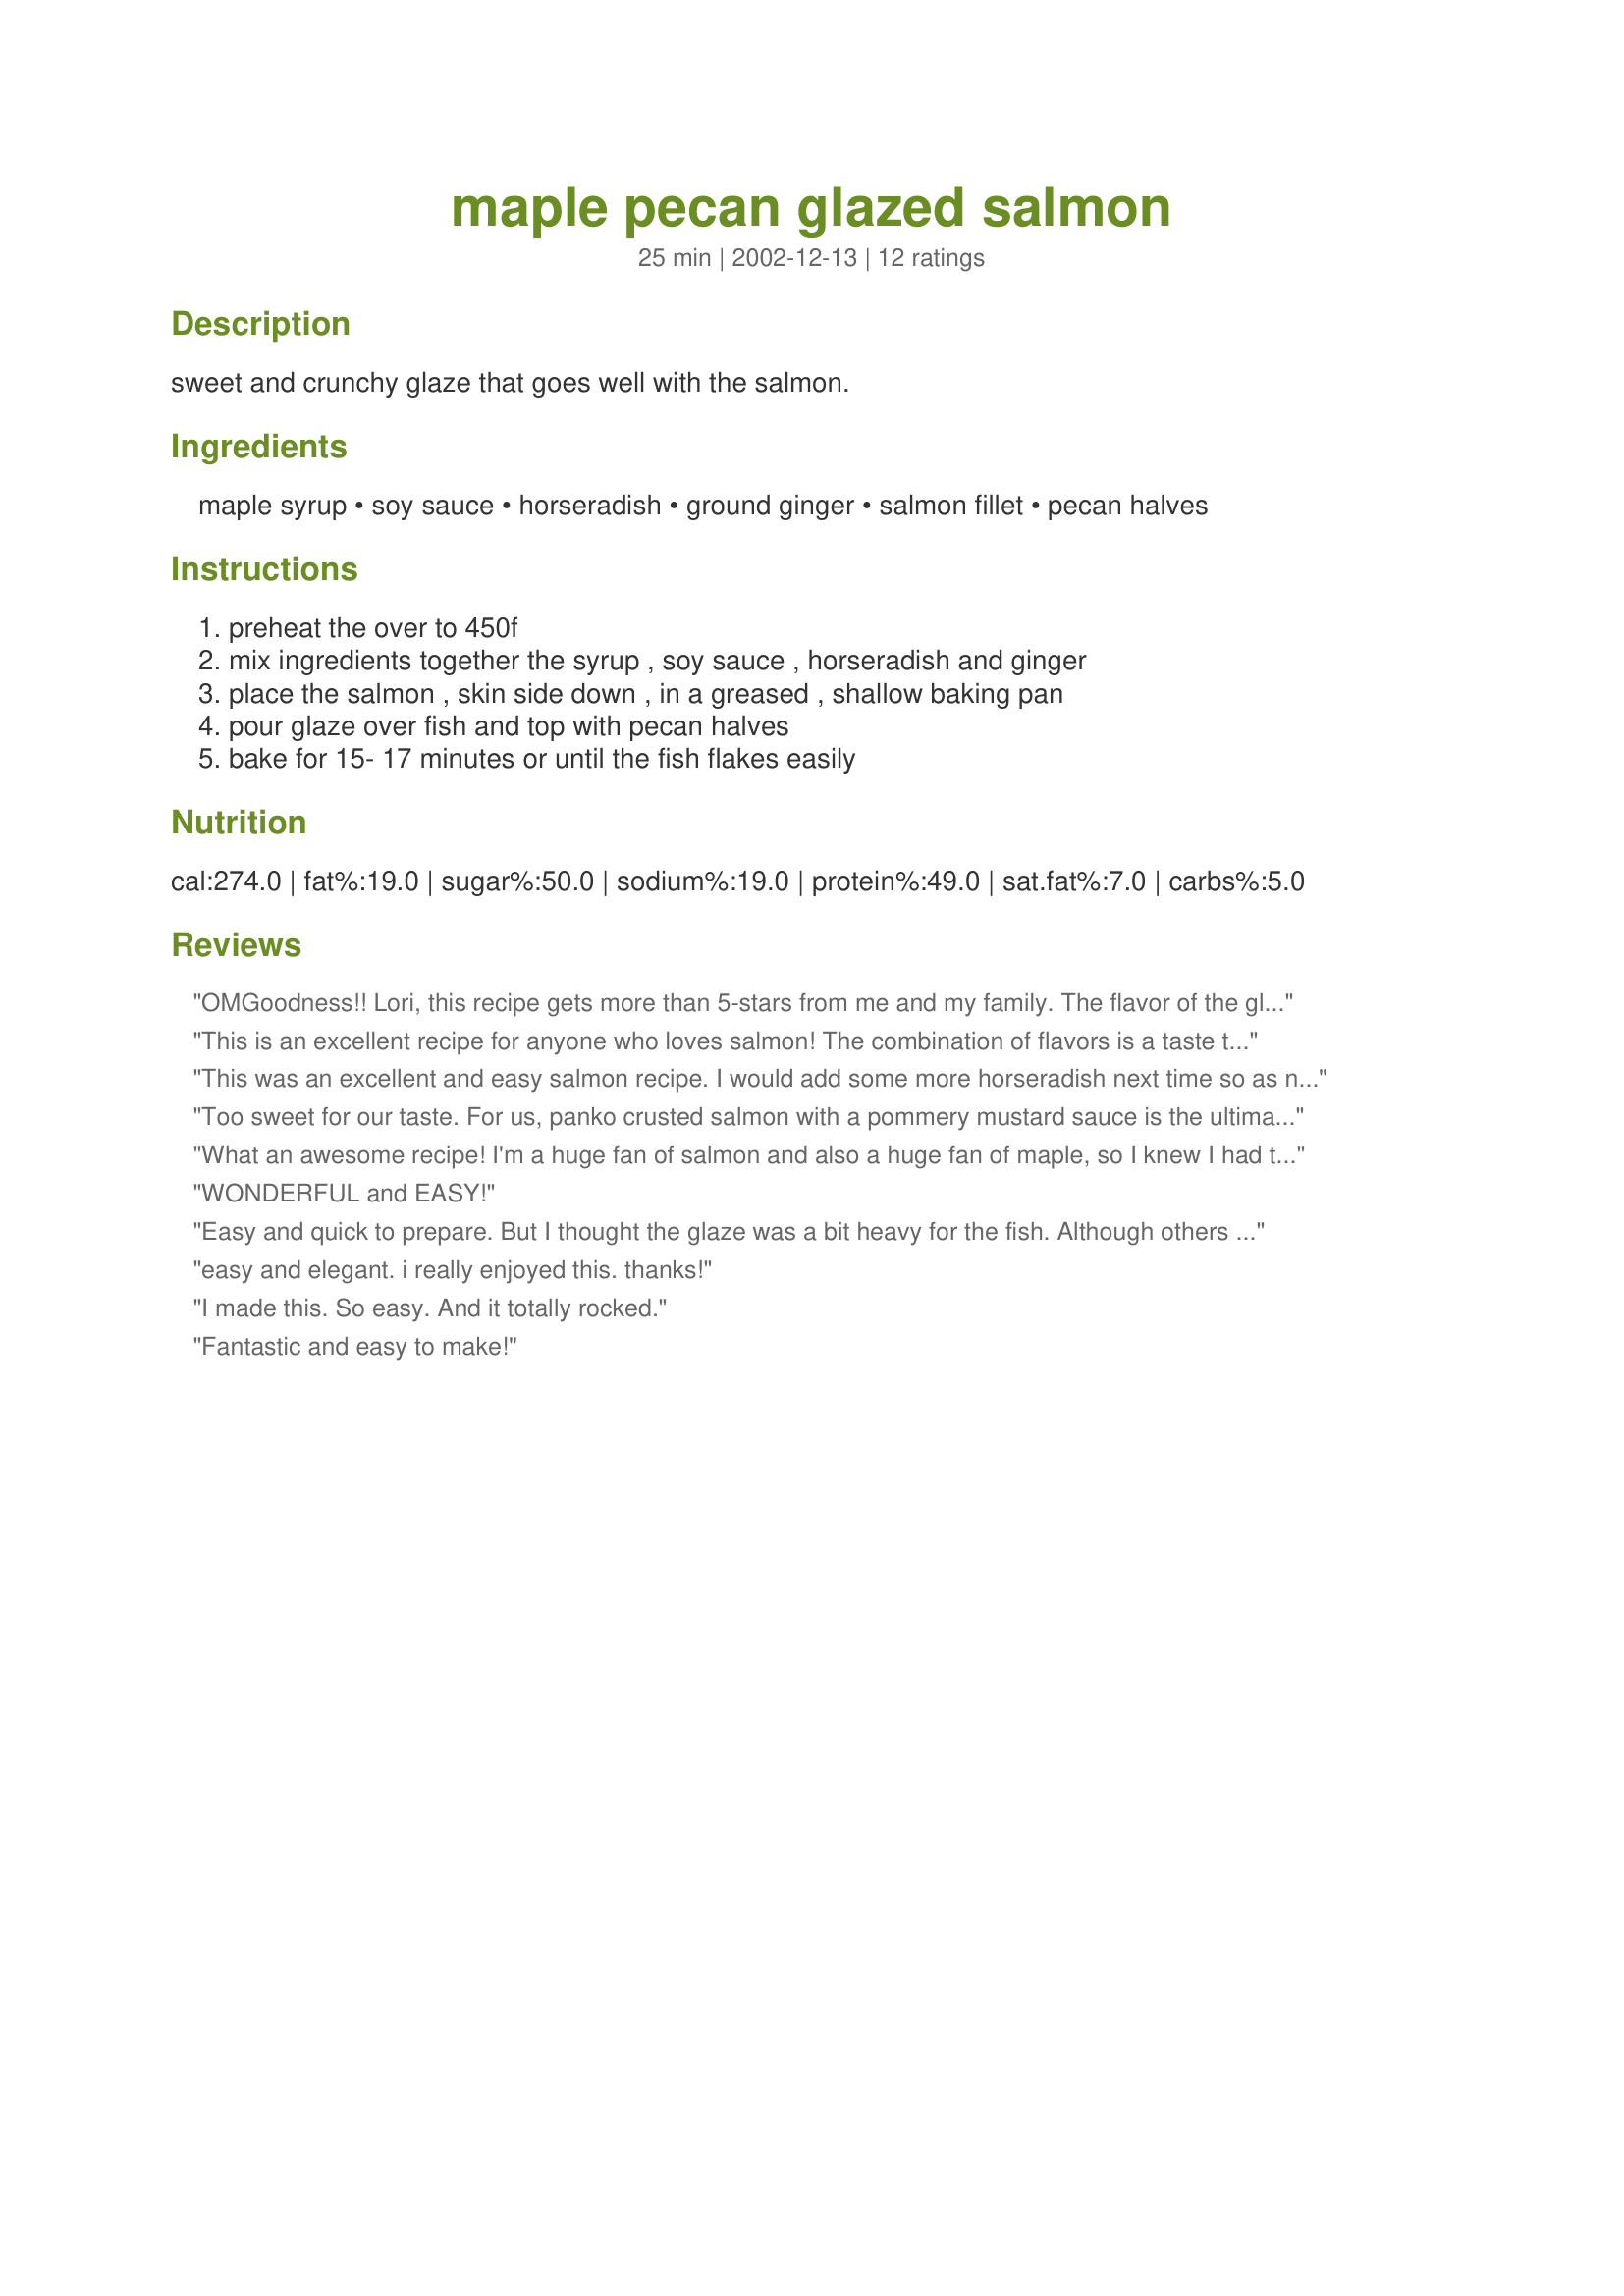
maple pecan glazed salmon
Preparation time: 25 minutes

sweet and crunchy glaze that goes well with the salmon.

Ingredients:
maple syrup, soy sauce, horseradish, ground ginger, salmon fillet, pecan halves

Steps:
preheat the over to 450f, mix ingredients together the syrup , soy sauce , horseradish and ginger, place the salmon , skin side down , in a greased , shallow baking pan, pour glaze over fish and top with pecan halves, bake for 15- 17 minutes or until the fish flakes easily

Reviews:
OMGoodness!! Lori, this recipe gets more than 5-stars from me and my family. The flavor of the glaze was wonderful and this dish was so easy to make. Very elegant and the perfect thing to serve if you are entertaining. Thanks for sharing it and keep posting recipes ;)
This is an excellent recipe for anyone who loves salmon! The combination of flavors is a taste treat and so easy to prepare. I used chopped pecans instead of halves, otherwise, prepared exactly as directed by Lori's instructions. I will definately make again! Excellent recipe, Lori! Thank you for posting!
This was an excellent and easy salmon recipe. I would add some more horseradish next time so as not to make it too sweet, but I would defintely make this again. It is nice becuase it goes in the oven and you do not have to sear it on the stove at all. A winner!!!
Too sweet for our taste. For us, panko crusted salmon with a pommery mustard sauce is the ultimate, so this just didn't seem right although I was willing to try.
What an awesome recipe! I'm a huge fan of salmon and also a huge fan of maple, so I knew I had to try this one out. So very glad I did! A definite 5 stars for ease of preparation and an excellent flavor combination. I tried this recipe once with pecan halves and once with chopped pecans, and I liked the chopped ones better. But hey, whatever floats your boat... you win either way.
WONDERFUL and EASY!
Easy and quick to prepare. But I thought the glaze was a bit heavy for the fish. Although others have enjoyed this dish, I doubt I would make it again. Sorry.
easy and elegant. i really enjoyed this. thanks!
I made this. So easy. And it totally rocked.
Fantastic and easy to make!
Way to go with this salmon dish! Everyone here dug in and relished every bite like it was their last! So delicious. This is really one to try!
"Superb and Divine...make more...often" said my mother after I served this to her. I must agree. Even though I overcooked the fish, it was a very tasty recipe! I used chopped pecans, and I might add a bit more spice in the future as we like our food a little hot, but other than that, no changes. A very quick, easy and impressive recipe.
